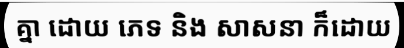
គ្នា ដោយ ភេទ និង សាសនា ក៏ដោយ